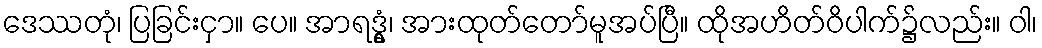
ဒေဿတုံ၊ ပြခြင်းငှာ။ ပေ။ အာရဒ္ဓွံ၊ အားထုတ်တော်မူအပ်ပြီ။ ထိုအဟိတ်ဝိပါက်၌လည်း။ ဝါ၊